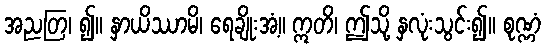
အညတြ၊ ၍။ နှာယိဿာမိ၊ ရေချိုးအံ့။ ဣတိ၊ ဤသို့ နှလုံးသွင်း၍။ စုဏ္ဏံ